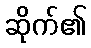
ဆိုက်၏